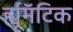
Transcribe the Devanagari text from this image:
र्ह्यूमॅटिक